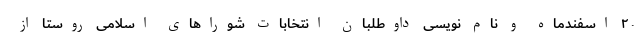
۲۰ اسفندماه و نام نویسی داوطلبان انتخابات شوراهای اسلامی روستا از